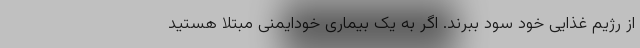
از رژیم غذایی خود سود ببرند. اگر به یک بیماری خودایمنی مبتلا هستید